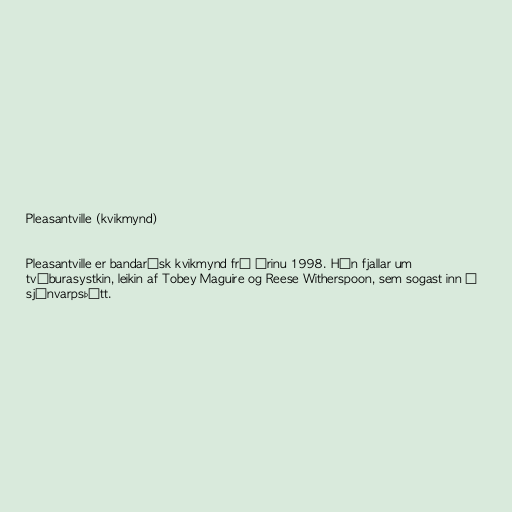
Pleasantville (kvikmynd)

Pleasantville er bandarísk kvikmynd frá árinu 1998. Hún fjallar um
tvíburasystkin, leikin af Tobey Maguire og Reese Witherspoon, sem sogast inn í
sjónvarpsþátt.